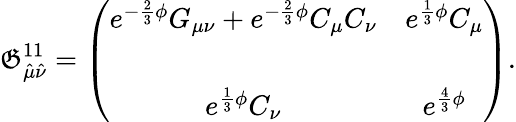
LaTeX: \mathfrak{G}_{\hat{{\mu}}\hat{{\nu}}}^{11}=\left(\begin{array}{cc}{{e^{-\frac{2}{3}\phi}G_{\mu\nu}+e^{-\frac{2}{3}\phi}C_{\mu}C_{\nu}}}&{{e^{\frac{1}{3}\phi}C_{\mu}}}\\ {{}}&{{}}\\ {{e^{\frac{1}{3}\phi}C_{\nu}}}&{{e^{\frac{4}{3}\phi}}}\end{array}\right).